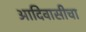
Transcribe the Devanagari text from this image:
आदिवासीचा